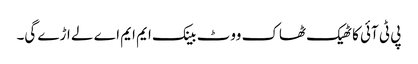
پی ٹی آئی کا ٹھیک ٹھاک ووٹ بینک ایم ایم اے لے اڑے گی۔